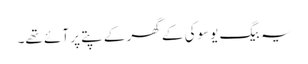
یہ بیگ یوسوکی کے گھر کے پتے پر آئے تھے۔